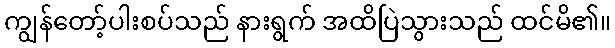
ကျွန်တော့်ပါးစပ်သည် နားရွက် အထိပြဲသွားသည် ထင်မိ၏။